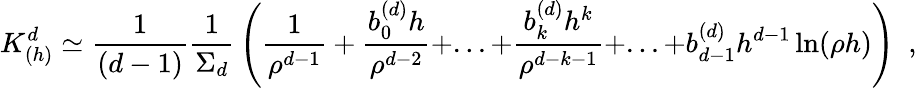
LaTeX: K_{(h)}^{d}\simeq{\frac{1}{(d-1)}}{\frac{1}{\Sigma_{d}}}\left({\frac{1}{\rho^{d-1}}}+{\frac{b_{0}^{(d)}h}{\rho^{d-2}}}+...+{\frac{b_{k}^{(d)}h^{k}}{\rho^{d-k-1}}}+...+b_{d-1}^{(d)}h^{d-1}\ln(\rho h)\right)~~,